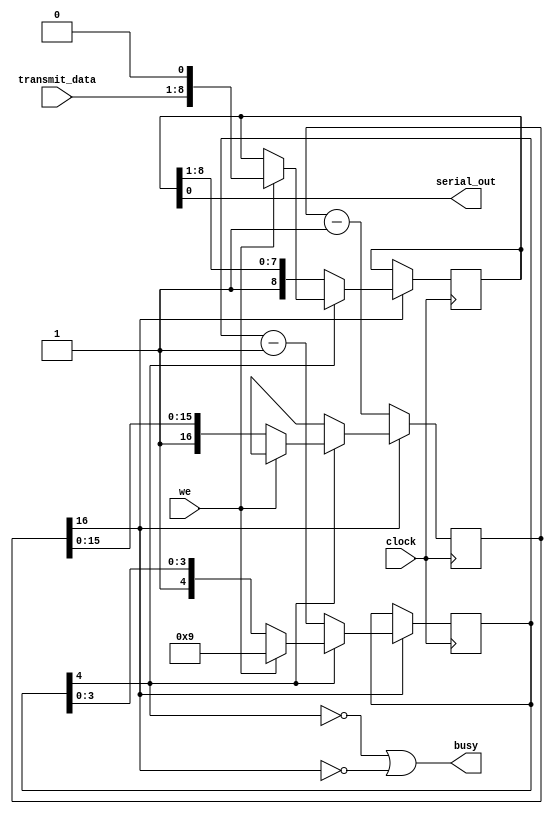
module rs232out
   (// Control
    input wire         clock,

    // Serial line
    output wire        serial_out,

    input  wire  [7:0] transmit_data,
    input  wire        we,
    output wire        busy);

   parameter           bps         = 0;
   parameter           frequency   = 0;
`ifndef __ICARUS__
   parameter           period      = (frequency + bps/2) / bps;
`else
   // One of the very few simulation artifacts we have to deal with at the source level.
   parameter           period      = 0;
`endif
   parameter           TTYCLK_SIGN = 16; // 2^TTYCLK_SIGN > period * 2
   parameter           COUNT_SIGN  = 4;

   reg  [TTYCLK_SIGN:0] ttyclk      = 0; // [-4096; 4095]
   wire [31:0]          ttyclk_bit  = period - 2;
   reg  [8:0]           shift_out   = 0;
   reg  [COUNT_SIGN:0]  count       = 0; // [-16; 15]

   assign               serial_out  = shift_out[0];
   assign               busy        = ~count[COUNT_SIGN] | ~ttyclk[TTYCLK_SIGN];

   always @(posedge clock)
      if (~ttyclk[TTYCLK_SIGN]) begin
         ttyclk     <= ttyclk - 1'd1;
      end else if (~count[COUNT_SIGN]) begin
         ttyclk     <= ttyclk_bit[TTYCLK_SIGN:0];
         count      <= count - 1'd1;
         shift_out  <= {1'b1, shift_out[8:1]};
      end else if (we) begin
         ttyclk     <= ttyclk_bit[TTYCLK_SIGN:0];
         count      <= 9; // 1 start bit + 8 data + 1 stop - 1 due to SIGN trick
         shift_out  <= {transmit_data, 1'b0};
      end
endmodule